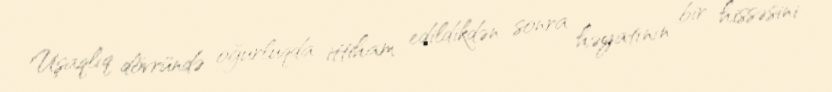
Uşaqlıq dövründə oğurluqda ittiham edildikdən sonra həyatının bir hissəsini